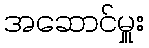
အဆောင်မှူး